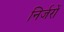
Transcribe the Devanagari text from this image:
निर्जरों